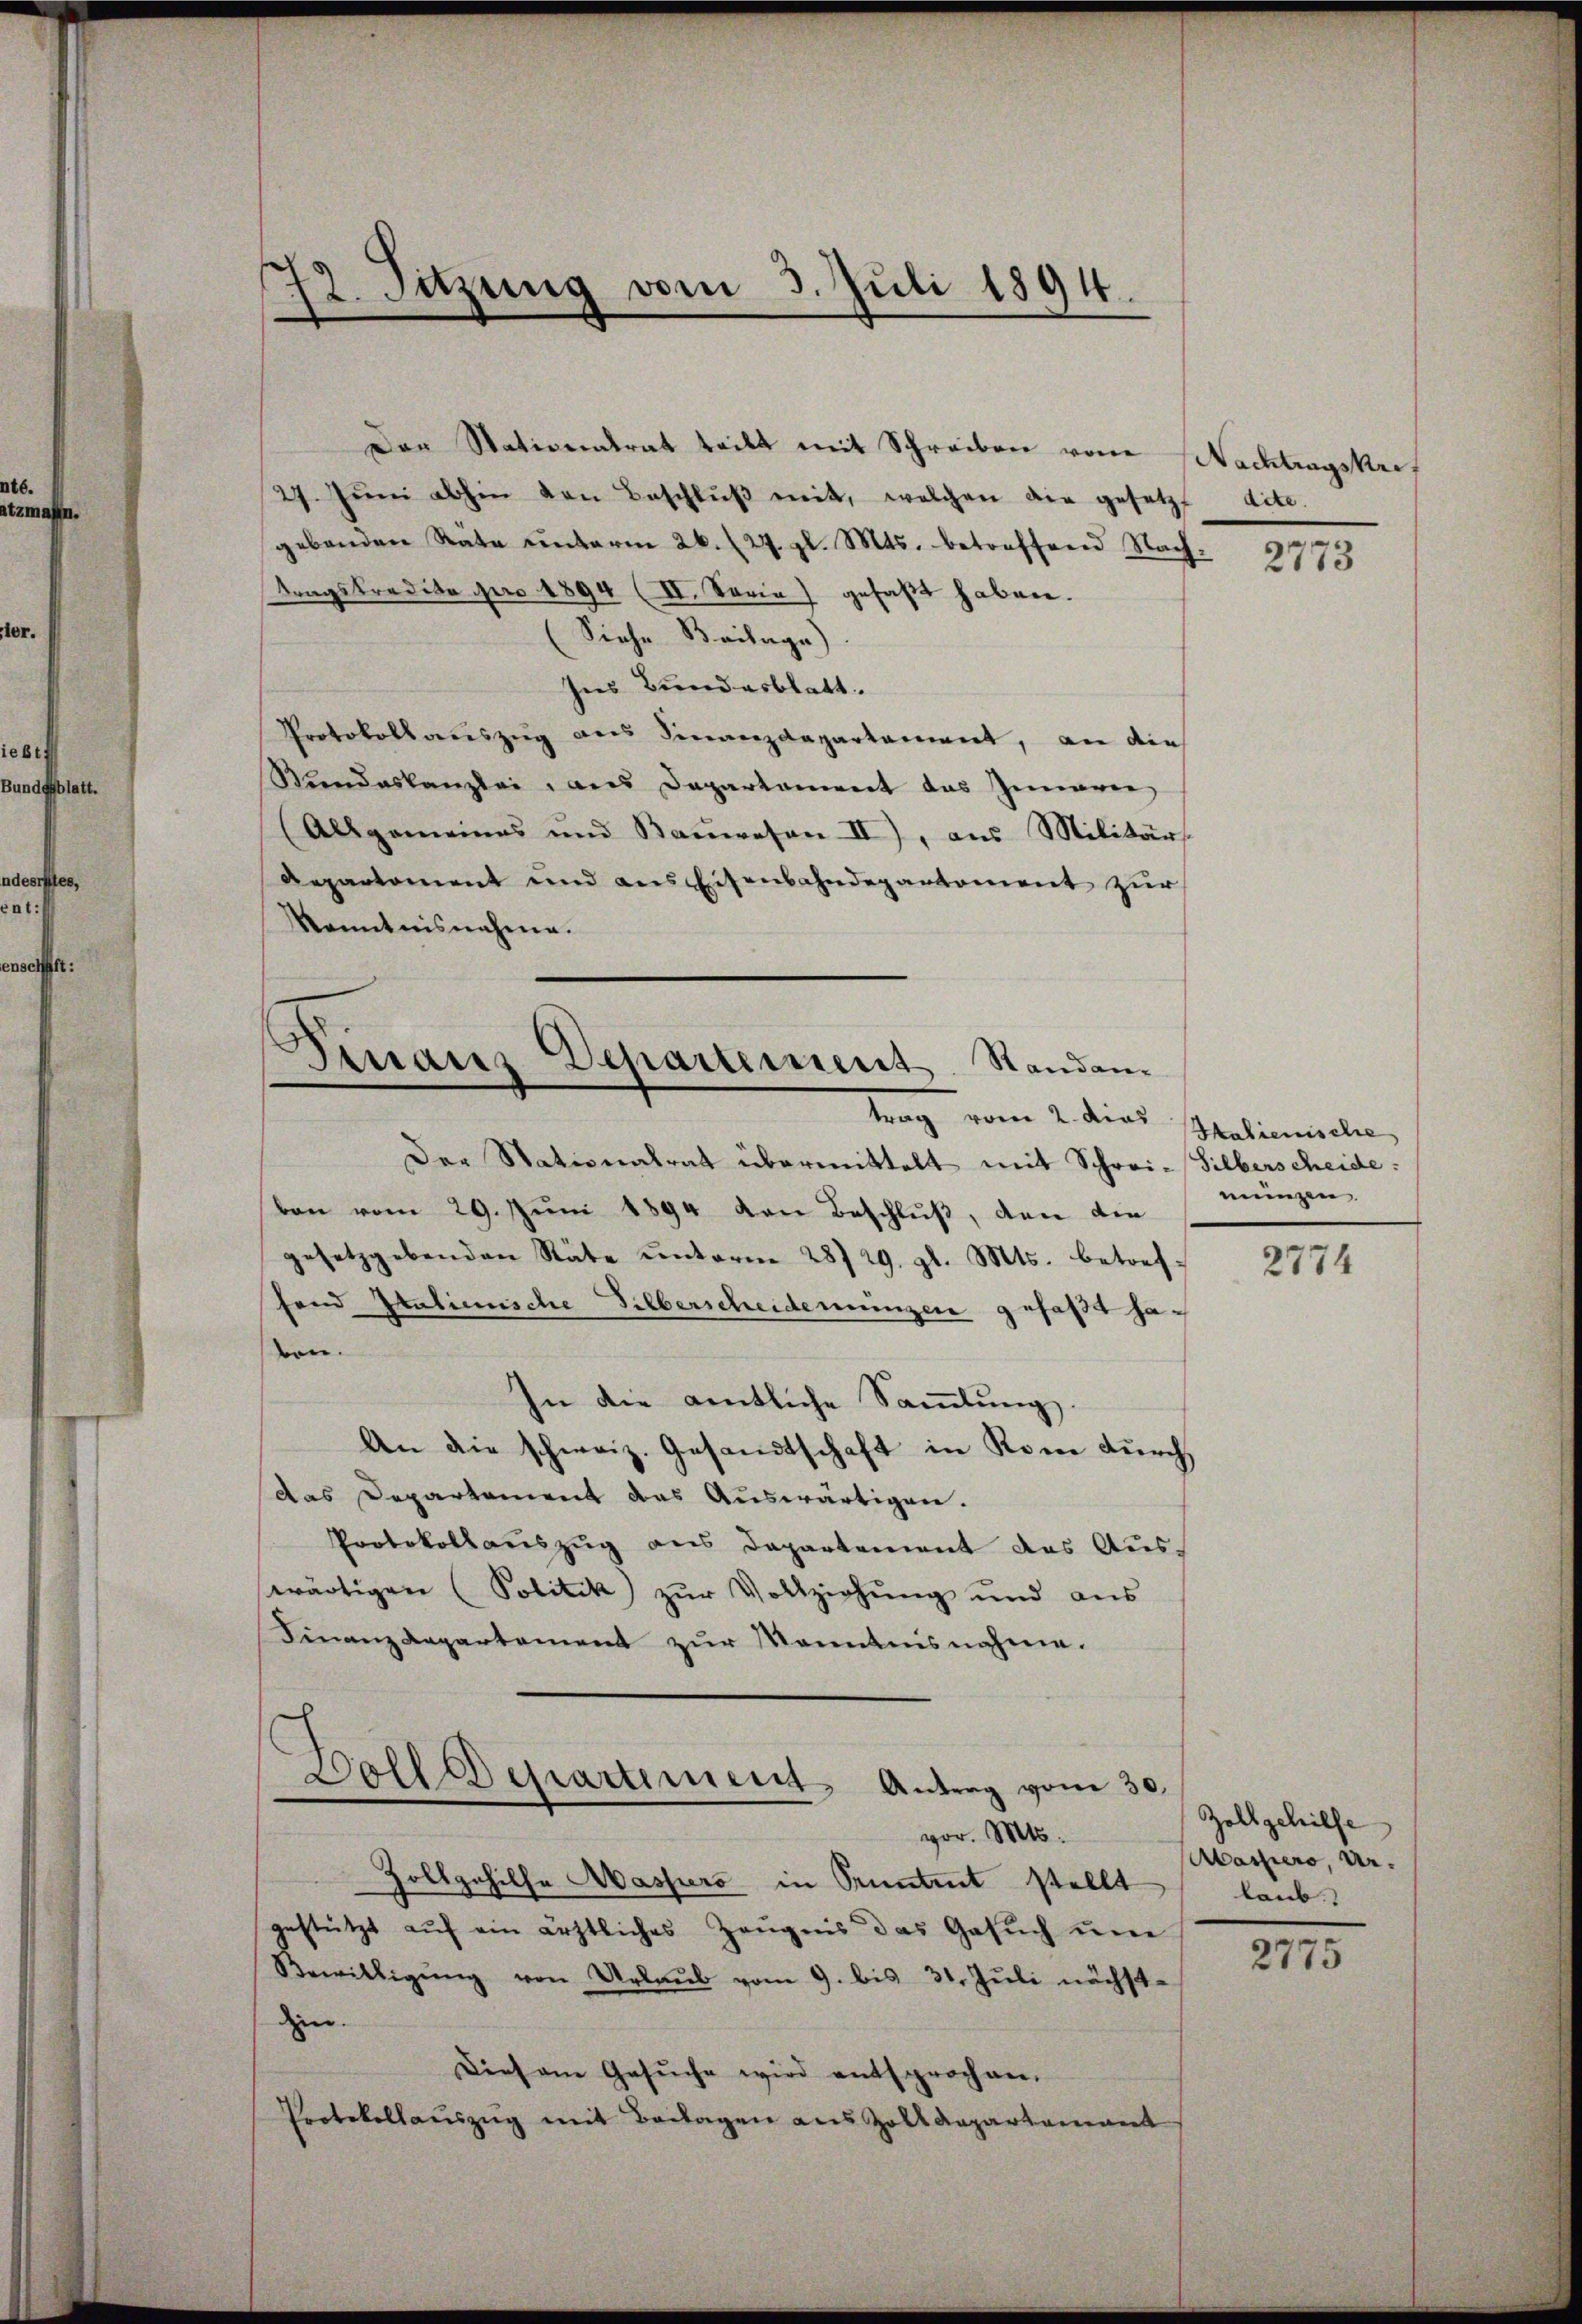
72. Suzung vom 3. Juli 1894.

Der Stationalrat teilt mit Schreiben von
27. Jŭni abhin den Beschlŭβ mit, welchen die gesetzt dite.
gebenden Rate ŭnterm 26. (27. gl. Mts. betreffend Nach- 3793
tragstradita pro 1894 (II. Serie gefaßt haben.
Siehe Beilage)
sies Bundesblatt.
Protokollauszug aus Finanzdepartament, an die
Mendeskanzlei aus Departament das Gemarer
(Allgemeines und Bauwesen II), aus Militärs
Departoment und aus Eisenbahndepartement zur
Kenntnisnahme.
trag vom 2. dies Salienische
Der Stationalrat übermittelt mit Schrei-Silberscheide:
ban vom 29. Jŭni 1894 von Beschlŭβ, den die
gesetzgebenden Räte ŭnterm 28/29. gl. Mts. betreffend Italienische Silberscheidemungen gefaßt haben.
In die amtliche Sammlung.
An die schweiz. Gesandtschaft in Rome durch,
das Departement das Auswärtigen.
Protokollauszug aus Departement das Auswärtigen (Politik) zŭr Vollziehŭng und aus
Finanzdepartement zur Kenntnisnahme.
Boll Departiment Antrag vom 30.
vor. Mts.
3
Zollgehilfe Massers in Pruntrut stellt
gestützt aŭf ein ärztliches Zeŭgnis das Gesŭch ŭm
Bewilligŭng von Urlaŭb vom 9. bis 31. Jŭli nächst-
d.
Diesem Gesŭche wird entsprochen.
Protokollauszug mit Beilagen aus Zolldepartamant

Finanz Departement. Standen.

Nachtragskre

meingen

2774

Zollgehilfe
Massero, Ur-
laub.

2775